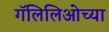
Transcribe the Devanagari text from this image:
गॅलिलिओच्या